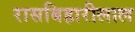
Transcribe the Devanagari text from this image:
रासबिहारीलाल